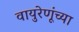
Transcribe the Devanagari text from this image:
वायुरेणूंच्या